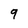
Character: 9